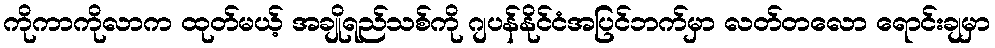
ကိုကာကိုလာက ထုတ်မယ့် အချိုရည်သစ်ကို ဂျပန်နိုင်ငံအပြင်ဘက်မှာ လတ်တလော ရောင်းချမှာ